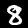
Label: 8